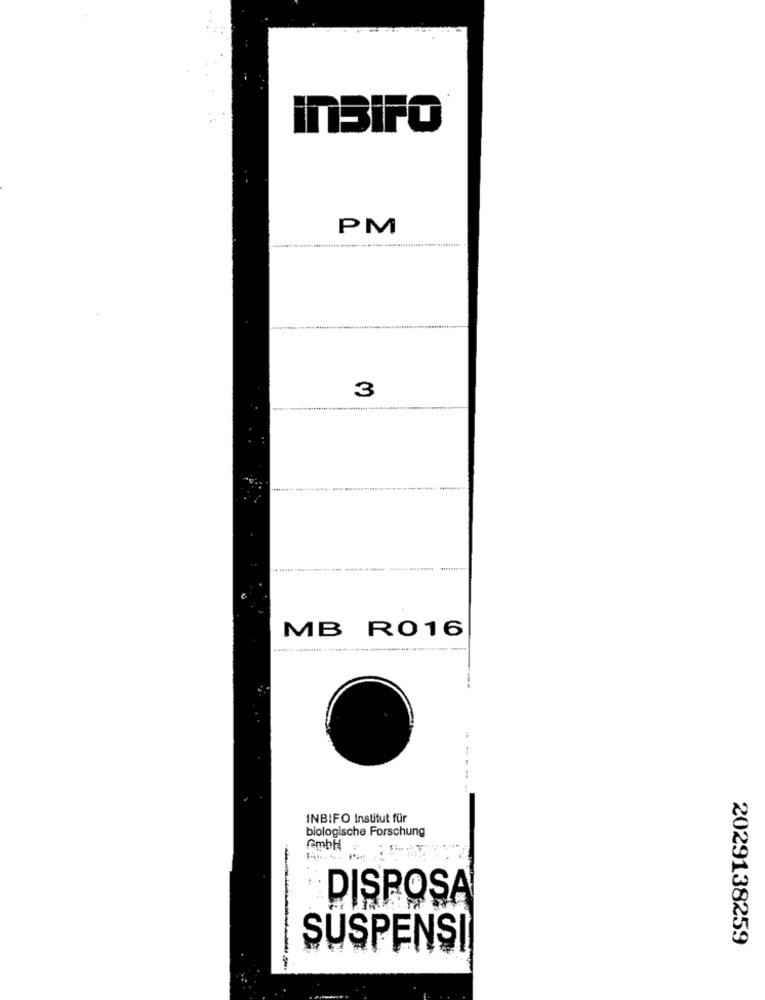
InSIFO
PM
3
MB R016
-. . ..
INBIFO Institut für
biologische Forschung
GmbH
DISPOSA
2029138259
SUSPENSI